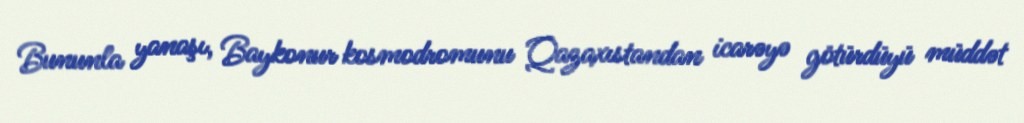
Bununla yanaşı, Baykonur kosmodromunu Qazaxıstandan icarəyə götürdüyü müddət